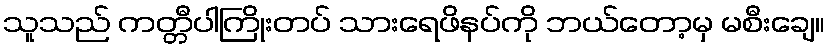
သူသည် ကတ္တီပါကြိုးတပ် သားရေဖိနပ်ကို ဘယ်တော့မှ မစီးချေ။